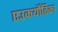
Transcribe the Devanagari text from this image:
एउकर्योतिका